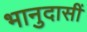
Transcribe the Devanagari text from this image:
भानुदासीं